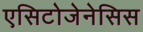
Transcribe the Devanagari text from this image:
एसिटोजेनेसिस